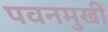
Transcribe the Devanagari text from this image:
पवनमुखी